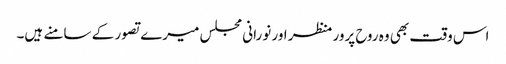
اس وقت بھی وہ روح پرور منظر اور نورانی مجلس میرے تصور کے سامنے ہیں۔